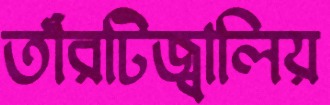
তাঁরটিজ্বালিয়